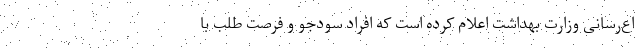
اع‌رسانی وزارت بهداشت اعلام کرده است که افراد سودجو و فرصت طلب با